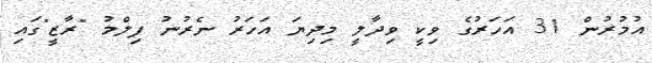
އުމުރުން 31 އަހަރުގެ ވިކީ ވިދާލީ މިދިޔަ އަހަރު ނެރުނު ފިލްމު "ރާޒީ"ގައި